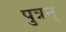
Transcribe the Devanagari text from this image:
पुत्रन्